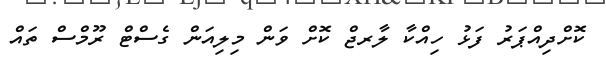
ކޮށްދިއްޕަރު ފަޅު ހިއްކާ ލާރޖް ކޮށް ވަން މިލިއަން ގެސްޓް ރޫމްސް ތައް